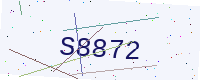
Text: S8872